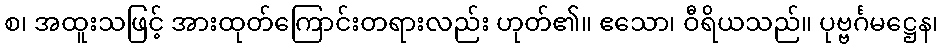
စ၊ အထူးသဖြင့် အားထုတ်ကြောင်းတရားလည်း ဟုတ်၏။ ဧသော၊ ဝီရိယသည်။ ပုဗ္ဗင်္ဂမဋ္ဌေန၊